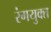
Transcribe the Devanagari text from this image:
रंगयुक्त